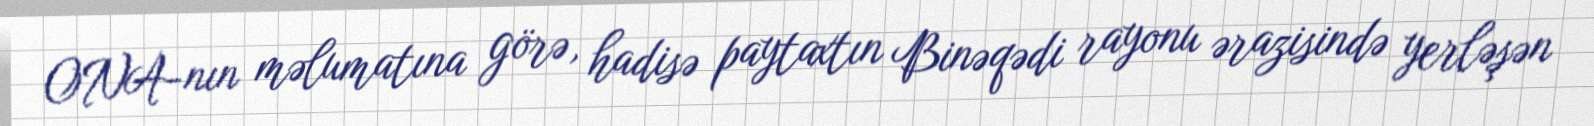
ONA-nın məlumatına görə, hadisə paytaxtın Binəqədi rayonu ərazisində yerləşən